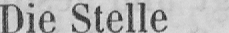
Die Stelle